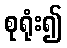
စုရုံး၍